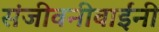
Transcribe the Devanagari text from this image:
संजीवनीबाईंनी